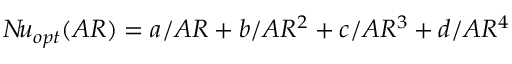
N \! u _ { o p t } ( A R ) = a / A R + b / A R ^ { 2 } + c / A R ^ { 3 } + d / A R ^ { 4 }